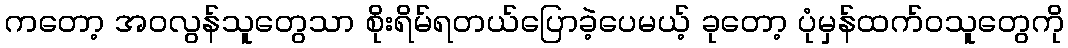
ကတော့ အဝလွန်သူတွေသာ စိုးရိမ်ရတယ်ပြောခဲ့ပေမယ့် ခုတော့ ပုံမှန်ထက်ဝသူတွေကို